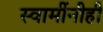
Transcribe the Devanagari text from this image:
स्वामींनीही